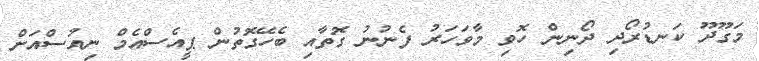
މަގޫދޫ ކަނޑުރޯދި ދޯނިން ހޮވި މާވަހަރު ފެނުނު ގޮތާއި ބެހޭގޮތުން ޕީއެސްއެމް ނިއުސްއަށް